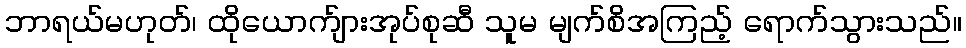
ဘာရယ်မဟုတ်၊ ထိုယောက်ျားအုပ်စုဆီ သူမ မျက်စိအကြည့် ရောက်သွားသည်။